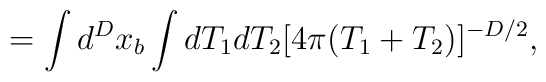
=\int d^Dx_b \int dT_1 dT_2 [4\pi (T_1+T_2)]^{-D/2},